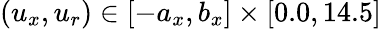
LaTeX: (u_{x},u_{r})\in[-a_{x},b_{x}]\times[0.0,14.5]